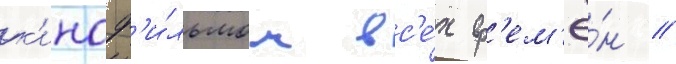
к'иноф'и́льмом вс'е́х вр'ем'ё́н //